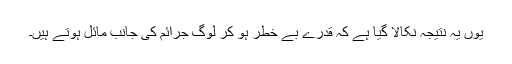
یوں یہ نتیجہ نکالا گیا ہے کہ قدرے بے خطر ہو کر لوگ جرائم کی جانب مائل ہوتے ہیں۔